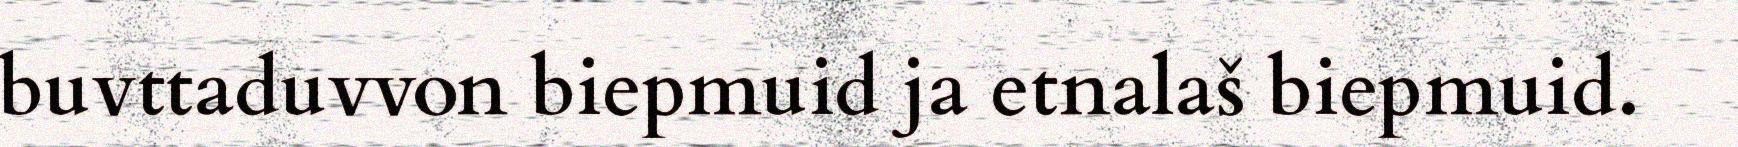
buvttaduvvon biepmuid ja etnalaš biepmuid.